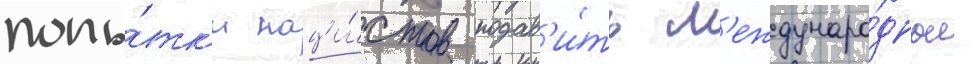
попы́тк'и наци́стов подав'и́ть м'еждунаро́дные